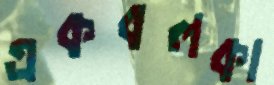
একবলকা